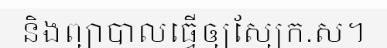
និងព្យាបាលធ្វើឲ្យស្បែក.ស។